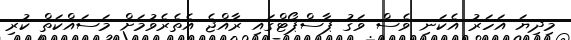
މިދިޔަ އަހަރު އެކަނި ވެސް ވަގު ޕާސްޕޯޓްގައި ރާއްޖެ އެތެރެވުމަށް މަސައްކަތް ކުރި